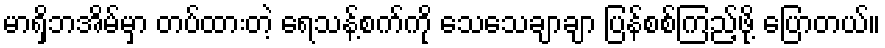
မာရှိဘအိမ်မှာ တပ်ထားတဲ့ ရေသန့်စက်ကို သေသေချာချာ ပြန်စစ်ကြည့်ဖို့ ပြောတယ်။